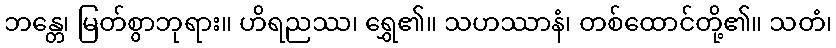
ဘန္တေ၊ မြတ်စွာဘုရား။ ဟိရညဿ၊ ရွှေ၏။ သဟဿာနံ၊ တစ်ထောင်တို့၏။ သတံ၊